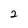
Character: 2